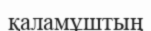
қаламұштың